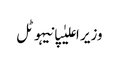
وزیر اعلیٰپانیہوٹل